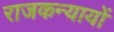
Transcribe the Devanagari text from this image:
राजकन्यायों